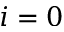
i = 0